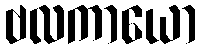
ဗလကာယော